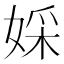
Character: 婇